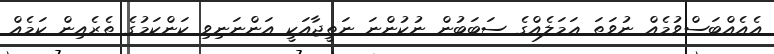
އެއެއްބަސްވުމެއް ނުވަތަ ޢަމަލެއްގެ ސަބަބުން ނުކުންނަ ނަތީޖާއަކީ އަންނަނިވި ކަންކަމުގެ ތެރެއިން ކަމެއް